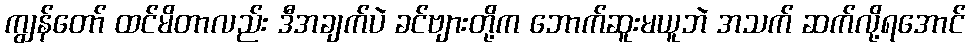
ကျွန်တော် ထင်မိတာလည်း ဒီအချက်ပဲ ခင်ဗျားတို့က ဘောက်ဆူးမယူဘဲ အသက် ဆက်လို့ရအောင်